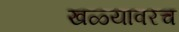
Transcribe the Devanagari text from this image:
खळ्यावरच